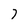
Character: 7